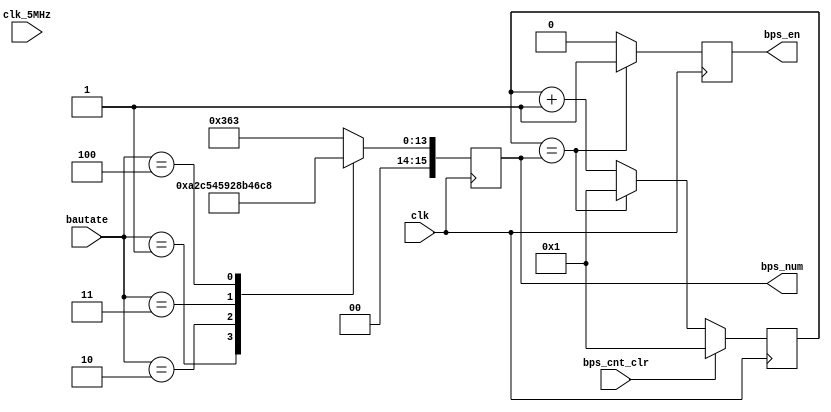
`timescale 1ns / 1ps
//////////////////////////////////////////////////////////////////////////////////
// Company: 
// Engineer: 
// 
// Design Name: 
// Module Name: Bps_Gen
// Project Name: 
// Target Devices: 
// Tool Versions: 
// Description: 
// 
// Dependencies: 
// 
// Revision:
// Revision 0.01 - File Created
// Additional Comments:
// 
//////////////////////////////////////////////////////////////////////////////////


module Bps_Gen(
    input clk,
    input clk_5MHz,
    input [3:0] bautate,
    output reg bps_en,
    input bps_cnt_clr,
    output reg [15:0] bps_num
    );
    
    reg [15:0] cnt = 16'h1;
    
    
    
    always @ (posedge clk)
    begin
        case (bautate)
        4'd1:    bps_num <= 16'd10417;    //9600bps
        4'd2:    bps_num <= 16'd5209;    // 19200bps
        4'd3:    bps_num <= 16'd2605;    // 38400bps 
        4'd4:    bps_num <= 16'd1737;    // 57600bps
        4'd5:    bps_num <= 16'd867;     // 115200bps 
        default: bps_num <= 16'd867;
        endcase
    end
    
    
    always @ (posedge clk)
    begin
        if (bps_cnt_clr)
        begin
            cnt <= 16'd1;
        end
        else if (cnt == bps_num)
        begin
            cnt <= 16'd1;
        end
        else
        begin
            cnt <= cnt + 1'b1;
        end
    end
    
    
    always @ (posedge clk)
    begin
        if (cnt == bps_num)
        begin
            bps_en <= 1'b1;
        end
        else
        begin
            bps_en <= 1'b0;
        end
    end
    
endmodule